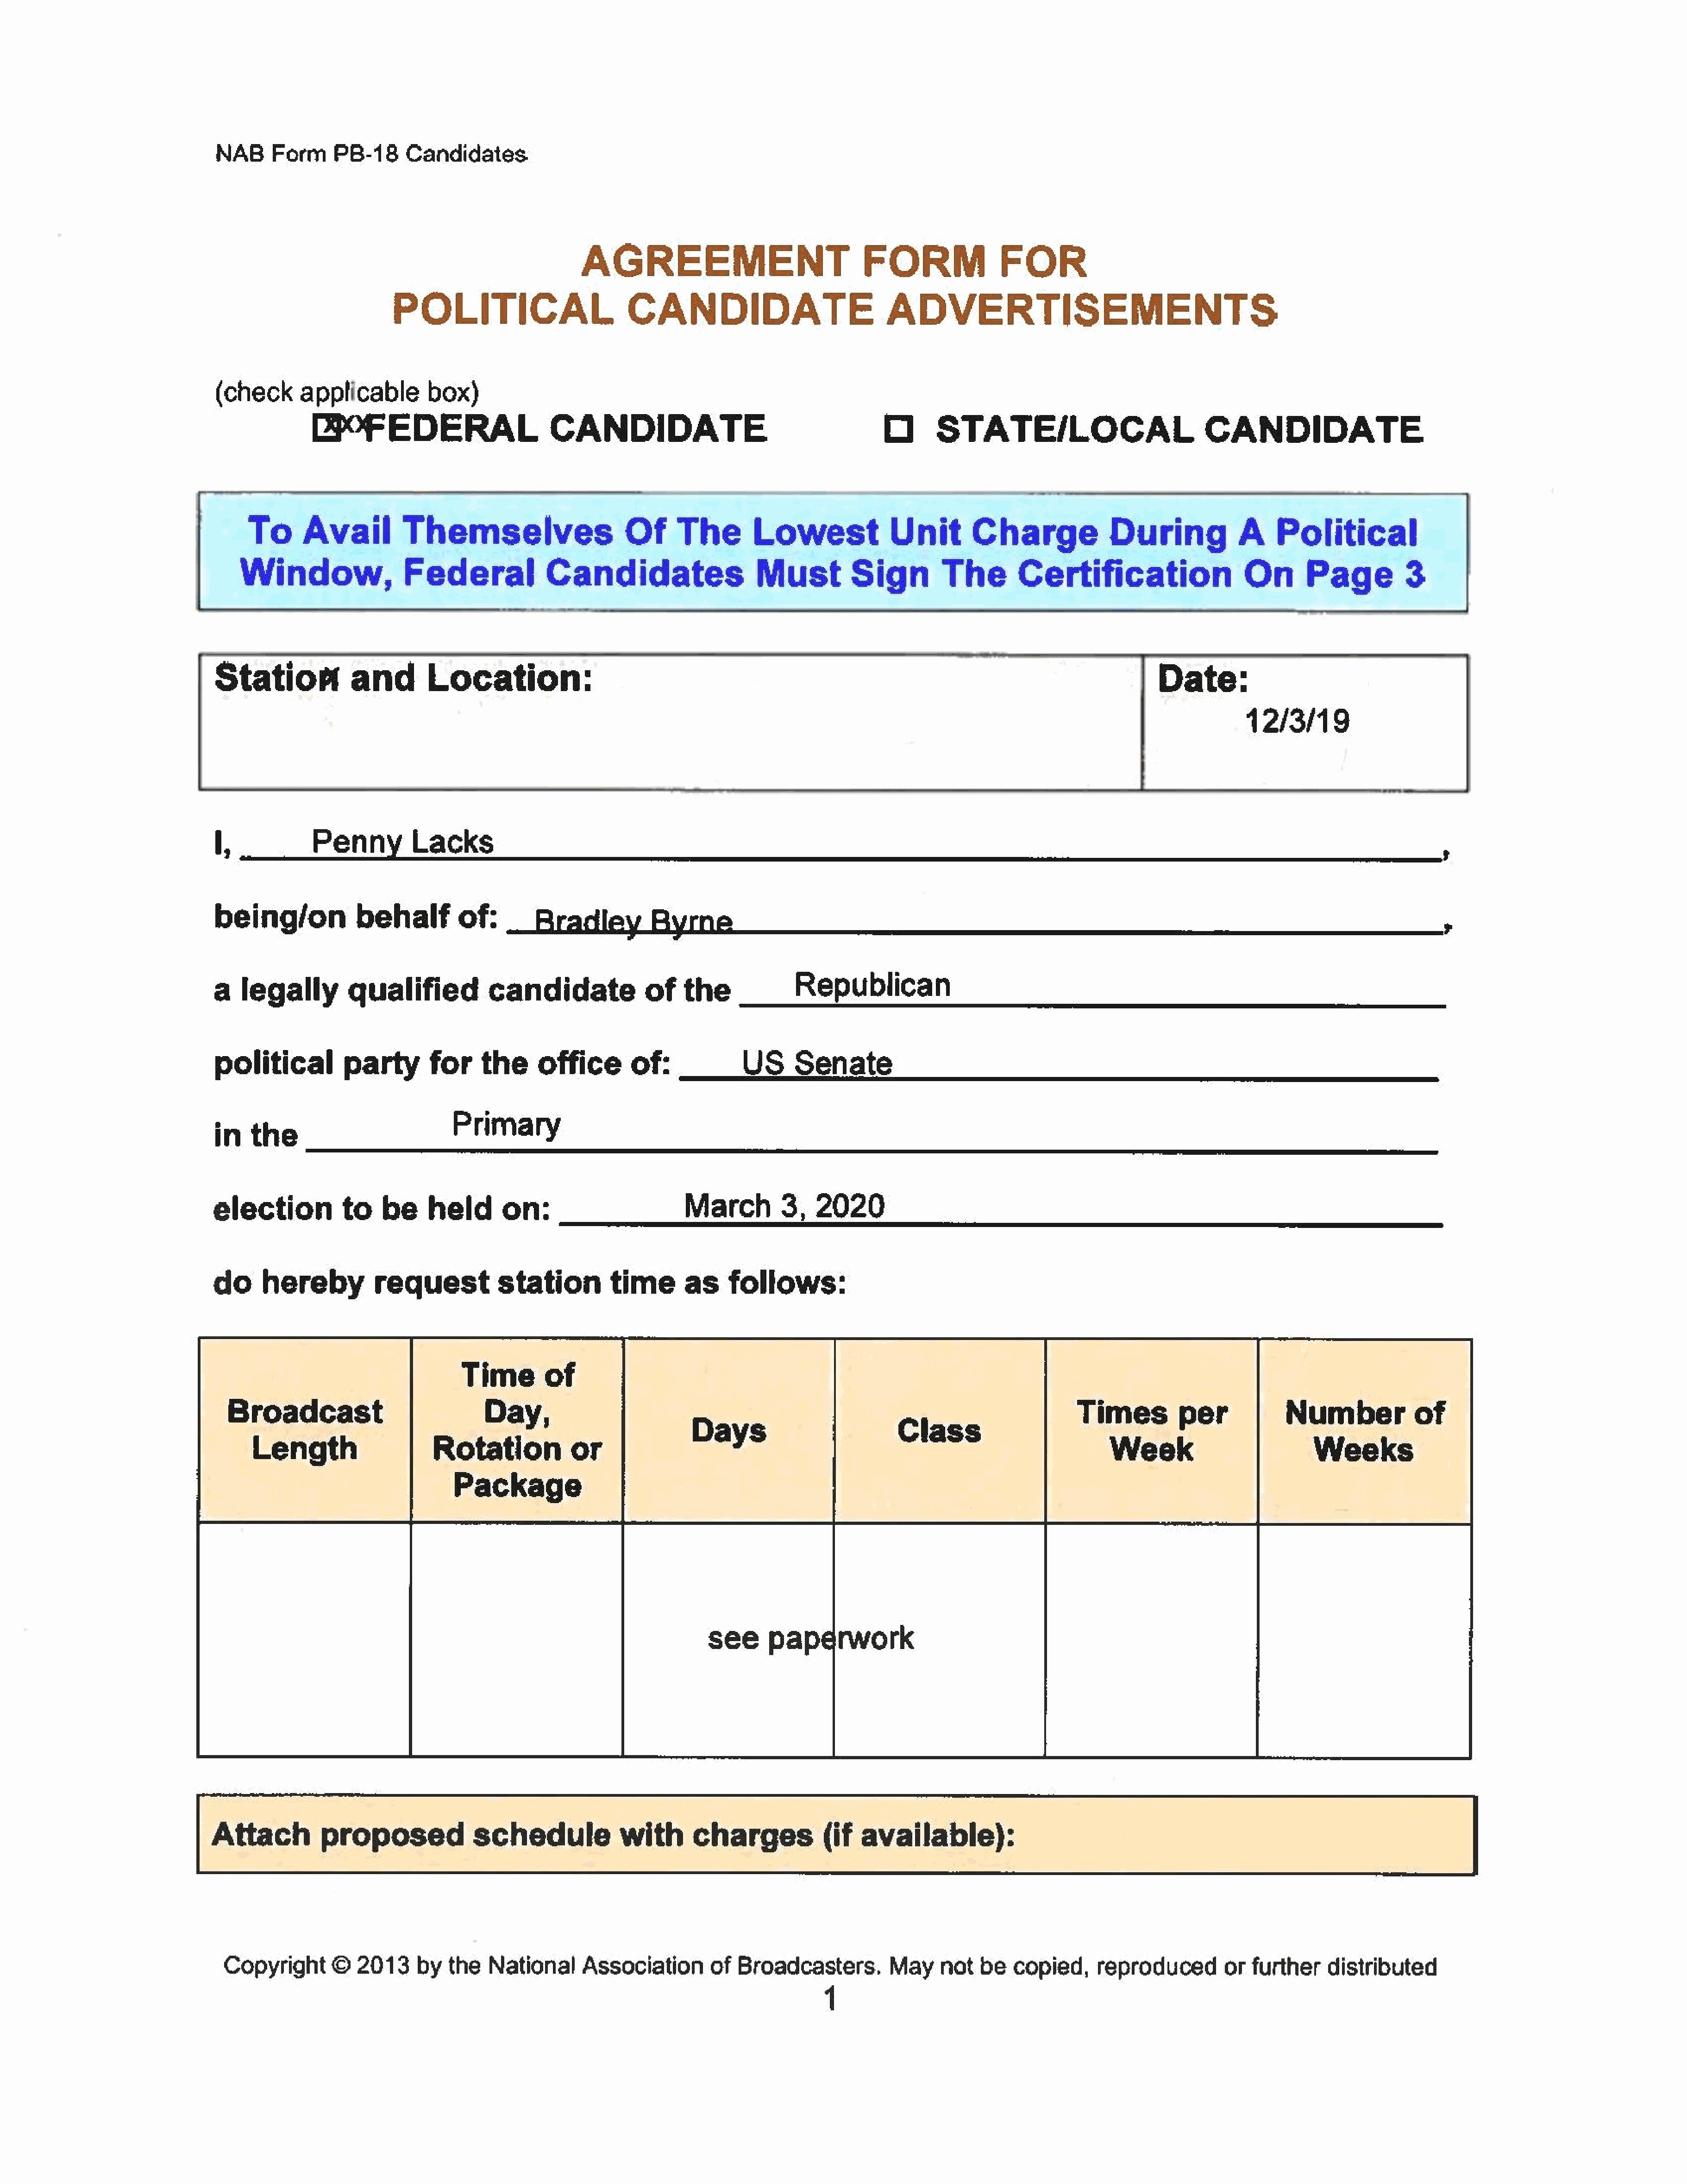
NAB     Form     PB-18     Candidates.
 AGREEMENT                                FORM               FOR
 POLITICAL                         CANDIDATE                            ADVERTISEMENTS
 (check      applicable        box)
 Ee°FEDERAL                        CANDIDATE                                      O       STATE/LOCAL                           CANDIDATE
 To      Avail          Themselves                     Of      The        Lowest             Unit        Charge              During            A     Political
 Window,Federal                              Candidates                    MustSign                   The        Certification                   On       Page          3
 Station            and        Location:                                                                                                Date:
 12/3/19
 I,            Penny         Lacks                                                                                                                                              ;
 being/on            behalf         of:
 7
 a   legally        qualified           candidate             of    the             Republican
 political         party       for     the     office       of:             US      Senate
 in   the                          Primary
 election          to    be    held       on:                       March         3,   2020
 do     hereby          request          station         time       as    follows:
 Time        of
 Broadcast                           Day,                                                                                 Times          per            Number         of
 Length                    Rotation            or               aye                          ieee                           Week                         Weeks
 Package
 Attach          proposed              schedule             with      charges(if              available):
 Copyright      ©   2013     by  the   National     Association        of  Broadcasters.        May    not   be   copied,     reproduced        or  further    distributed